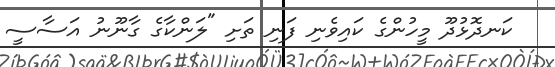
ކަނދޮޅުދޫ މީހުންގެ ކައިވެނި ފަނި ތަށި "ލަންކާގެ ގާނޫނު އަސާސީ